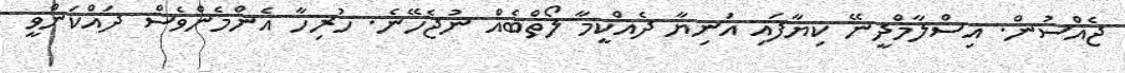
ޖެއްސުން. އިސްލާމްދީނޭ ކިޔާފައި އަނިޔާ ދެއްކީމާ ލޯތްބެއް ނުޖެހޭނެ. ހުރިހާ އެންމެންވެސް ދައްކަންވީ